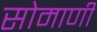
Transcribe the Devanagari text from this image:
सोमाणी